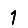
Digit: 1